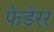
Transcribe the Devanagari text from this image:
फेडेरर